Report on horse surra - Volume I
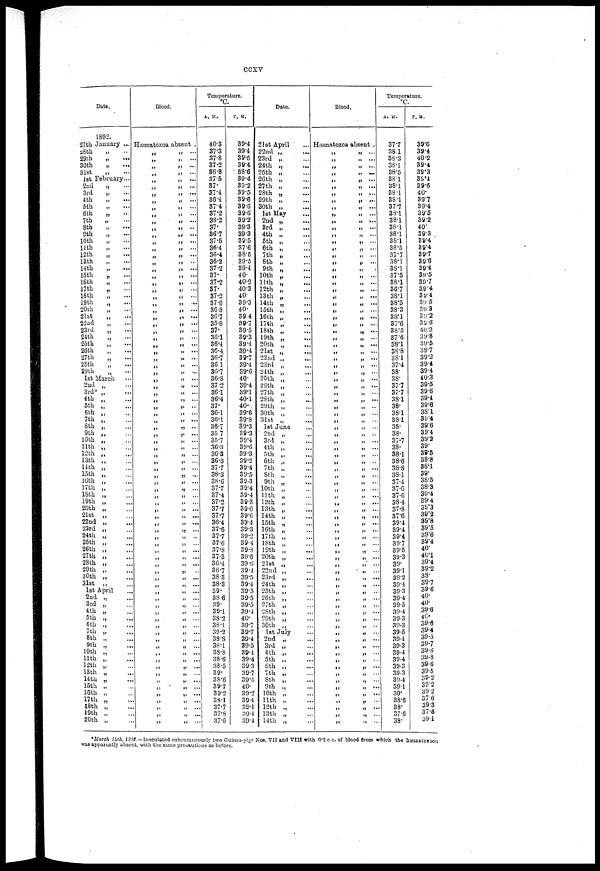
CCXV
Date.
1892.
27th
28th 29th
30th
3lst
1st
2nd
3rd
4th
5th
6th
7th
8th
9th
10th
11th
12th
13th
14th
15th
16th
17th
18th
19th
20th
21st
22nd
23rd
24th
25th
26th
27th
28th
29th
1st
2nd
3rd.
4th
5th
6th
7th
8th
9th
10th
11th
12th
13th
14th
15th
16th
17th
18th
19th
20th
21st
22nd
23rd
24th
25th
26th
27th
28 th
29th
30th
31st
1st
2nd
3rd
4th
5th
6th
7th
8th
9th
10th
11th
12th
13th
14th
15th
16th
17th
18th
19th
20th
January ...
„
„ ...
„
...
„ ...
February...
„
„ . ...
„ ...
„
...
„
„
...
„
...
„
...
„
...
„ ...
„ ...
„
...
„
...
„ ...
„
...
„ ...
„ ...
„
...
„
...
„ ...
„ ...
„
...
„ ...
„ ...
„
...
„ ...
„ ...
„ ...
March
„
„
...
„
...
„
...
„
...
„
...
„
...
„
„
...
„
„
...
„
...
„
„
„
...
„
„
...
„
...
„
„
„
...
„
„
...
„
...
„
...
„
...
„
...
„
...
„
...
„
April
„
„
„
„
...
„
...
„
„ ...
„
„
„
...
„
„
„ ...
„
„ ...
„
...
„
„
...
„
...
Blood.
Hæmatozoa absent .
„
„
„
„
„
„
„
„
„
„
„
„
„
„
„
„
„
„
„
„
„
„
„
„
„
„
„
„
„
„
„
„
„
„
„
„
„
„
„
„
„
„
„
„
„
„
„
„
„
„
„
„
„
„
„
„
„
„
„
„
„
„
„
„
„
„
„
„
„
„
„
„
„
„
„
„
„
„
„
.
„
„
„
„ ...
„
...
„
„
...
„
...
„ ...
. „
...
„
...
„
...
„
...
„
..
„
...
„
...
„
...
„
...
„
„
...
„
...
„
„
...
„
„
...
„
„
...
„
...
„
„
„
. ...
„
...
„
...
„
...
„
...
„
...
„
...
„
...
„
...
„
..
„ ...
„
...
„
...
„
...
„
...
„ ...
„ ...
„ ...
„
...
„
„
...
„
„
...
„
...
„
...
„
...
„
...
„
„
...
„
...
„
...
„
...
„
...
„
„
...
„
...
„
...
„
...
„
„
...
„
„
..
„
...
„
..
„.
..
„
...
„
...
„ ...
„
..
„ ...
„
„
...
„
...
„
...
„ ...
„
...
Temperature.
°C.
A. M.
40.3
37.3
37.8
37.2
36.8
37.5
37.
37.4
36.4
37.4
37.2
38.2
37.
36.7
37.5
36.4
36.4
36.2
37.2
37.
37.2
37.
37.2
37.6
36.3
36.7
35.8
37.
36.1
36.4
36.4
36.7
36.1
36.7
36.8
37.2
36.1
36.4
37.
36.1
36.1
36.7
35 7
35.7
36.3
36.3
36.3
37.7
38.3
38.6
37.7
37.4
37.2
37.7
37.7
36.4
37.6
37.7
37.6
37.8
37.3
36.4
36.7
38.3
38.3
39.
38.6
39.
39.1
38.2
38.1
39.2
38 8
38.1
38.8
38.6
38.5
39.
38.6
39.7
39.2
38.1
37.7
37.8
37.6
P. M.
39.4
39.4
39.5
39.4
38.6
39.4
39.2
39.5
39.6
39.6
39.6
39.2
39.3
39.3
39.5
37.6
38.6
39.5
39.4
40.
40.2
40.3
40.
39.3
40.
39.4
39.7
39.5
39.3
39.4
39.4
39.7
39.4
39.6
40.
39.4
39.1
40. 1
40.
39.6.
39.8
39.3
39.3
39.4
39.6
39.3
39.2
39.4
39.5
39.3
39.4
39.4
39.3
39.6
39.6
39.4
39.3
39.2
39.4
39.8
39.6
39.6
39.4
39.5
39.4
39.5
39.5
39.5
39.4
40.
39.7
39.7
39.4
39.5
39.4
39.4
39.3
39.7
39.5
40.
39.2
39.4
39.1
39.4
39.4
Date.
21st A
22nd
23rd
24th
25th
26th
27th
28th
29th
30th
1st
2nd
3rd
4th
5th
6th
7th
8th
9th
10th
11th
12th
13th
14th
15th
16th
17th
18th
19th
20th
21st
22nd
23rd
24th
25th
26th
27th
28th
29th
30th
31st
1st
2nd
3rd
4th
5th
6th
7th
8th
9th
10th
11th
12th
13th
14th
15th
16th
17th
18th
19th
20th
21st
22nd
23rd
24th
25th
26th
27th
28th
29th
30th
1st
2nd
3rd
4th
5th
6th
7th
8th
9th
10th
11th
12th
13th
14th
April
„
...
„
...
„ ...
„
...
„
...
„
...
„
...
„
...
„
...
May ...
„
...
„
...
„
...
„
...
„
...
„
...
„
...
„ ...
„
...
„ ...
„
...
„
...
„
...
„
...
„
...
„
...
„
...
„
...
„
...
„
...
...
...
„
...
„
...
„
...
„
...
„
...
„
. ...
June
„
...
„
...
„
...
„
...
...
„ ...
„
...
„
„ ...
„
...
„
...
„
...
„
...
„ ...
„ ...
„
„
...
„
...
„
...
„
...
„
...
„
...
„
„
...
„
...
„
...
„
...
July ...
„
...
„
...
„
...
„
...
„
...
„
...
„
...
„ ...
„
...
„
...
„ ...
„
...
„
...
Blood.
Hæmatozoa absent .
„
„
„
„
„
„
„
„
„
„
„
„
„
„
„
„
„
„
„
„
„
„
„
„
„
„
„
„
„
„
„
„
„
„
„
„
„
„
„
„
„
„
„
„
„
„
„
„
„
„
„
„
„
„
„
„
„
„
„
„
„
„
„
„
„
„
„
„
„
„
„
„
„
„
„
„
„
„
„
„
„
„
„
„
„
...
„
...
„
...
„
...
„
.....
„
...
„
...
„
...
„
...
„
...
„
...
„
...
„
...
„ ...
„
...
„
...
„
...
„
...
„
...
„
...
„
...
„
...
„
...
„
...
„
...
„
...
„
....
„
...
„
...
„
...
„
...
„
...
„ ...
„
...
„
...
„
...
„ ...
„
...
„
...
„ ...
„ ...
„
...
„
...
„
...
„
...
„
...
„
...
„
...
„
...
„
...
„
...
„
...
„
...
„
...
„
...
„
...
„
...
„ ...
„
...
„
...
„
...
„
...
„ ...
„ ...
„
...
„
...
„
...
„ ...
„
...
„ ...
„ ...
„
...
„ ...
„
...
„
...
„
...
„ ...
„ ...
„
...
„
...
„ ...
„
...
„ ...
,. ...
Temperature.
°C
A. M.
37.7
38.1
38.3
38.1
38.5
38.1
38.1
38.1
38.1
37.7
38.1
38.1
38.1
38.1
38.1
38.5
37.7
38.1
38.1
37.5
38.1
36.7
38.1
38.5
38.3
38.1
37.6
38.5
37.6
38.1
38.8
38.1
37.4
38.
38.
37.7
37.7
38.1
38.
38.1
38.1
38.
38.
37.7
38.
38.1
38.6
38.8
38.1
37.4
37.6
37.6
38.4
37.8
37.6
39.4
39.4
39.4
39.7
39.5
39.3
39.
39.1
39.2
39.4
39.3
39.4
39.5
39.4
39.3
39.3
39.5
39.4
39.3
39.4
39.4
39.3
39.3
39.4
39.1
39.
38.6
38.
37.6
38.
P. M.
39.6
39.4
40.2
39.4
39.3
39.4
39.6
40.
39.7
39.4
39.5
39.2
40.
39.3
39.4
39.4
39.7
39.6
39.4
39.5
397
39.4
39.4
39.5
39.3
39.2
39.6
40.2
39.8
39.5
39.7
39.2
39.4
39.4
40.3
39.5
39.6
39.4
39.6
381
39.4
39.6
89.4
39.2
39.
39.5
38.8
38.1
39.
38.5
38.3
39.4
39.4
39.3
39.2
39.8
39.5
39.6
39.4
40.
40.1
39.4
39.2
38.
39.7
39.6
40.
40.
39.6
40.
39.6
39.4
39.5
39.7
39.6
39.8
39.6
39.5
39.2
39.2
39.2
37.6
39.3
37.6
39.1
*March 14th, 1892.—Inoculated subcutaneously two Guinea-pigs Nos. VII and VIII with 0.2 c c. of blood from which the hæmatozoon
was apparently absent, with the same precautions as before.